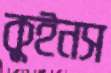
কুইনস